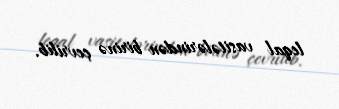
leqal vasitələrindən birinə çevrilib.